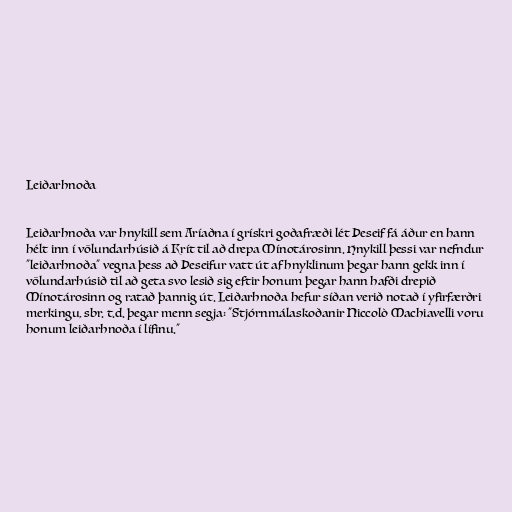
Leiðarhnoða

Leiðarhnoða var hnykill sem Aríaðna í grískri goðafræði lét Þeseif fá áður en hann
hélt inn í völundarhúsið á Krít til að drepa Mínotárosinn. Hnykill þessi var nefndur
"leiðarhnoða" vegna þess að Þeseifur vatt út af hnyklinum þegar hann gekk inn í
völundarhúsið til að geta svo lesið sig eftir honum þegar hann hafði drepið
Mínotárosinn og ratað þannig út. Leiðarhnoða hefur síðan verið notað í yfirfærðri
merkingu, sbr. t.d. þegar menn segja: "Stjórnmálaskoðanir Niccolò Machiavelli voru
honum leiðarhnoða í lífinu."